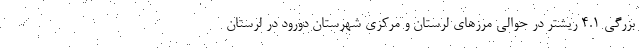
بزرگی ۴.۱ ریشتر در حوالی مرزهای لرستان و مرکزی شهرستان دورود در لرستان